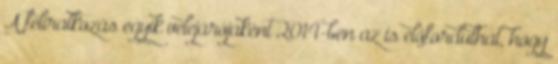
A feliratkozás egyik velejárójaként 2014-ben az is előfordulhat, hogy